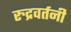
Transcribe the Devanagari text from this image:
रुद्रवर्तनी